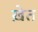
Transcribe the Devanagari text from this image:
ख़ेत